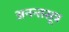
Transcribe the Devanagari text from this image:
अनन्तसूत्र